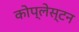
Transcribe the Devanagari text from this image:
कोप्लेस्टन